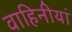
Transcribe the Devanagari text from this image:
वाहिनीयां